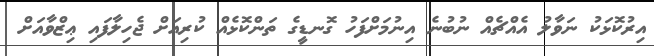
އިރުކޮޅަކު ނަވާލު އެއްޗެއް ނުބުނެ އިނުމަށްފަހު ގޮނޑީގެ ތަންކޮޅެއް ކުރިއަށް ޖެހިލާފައި ޢިޒްވާއަށް